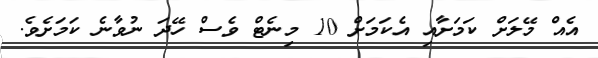
އެއް މޭލަށް ކަމަށާއި އެކަމަށް 10 މިނެޓް ވެސް ހޭދަ ނުވާނެ ކަމަށެވެ.